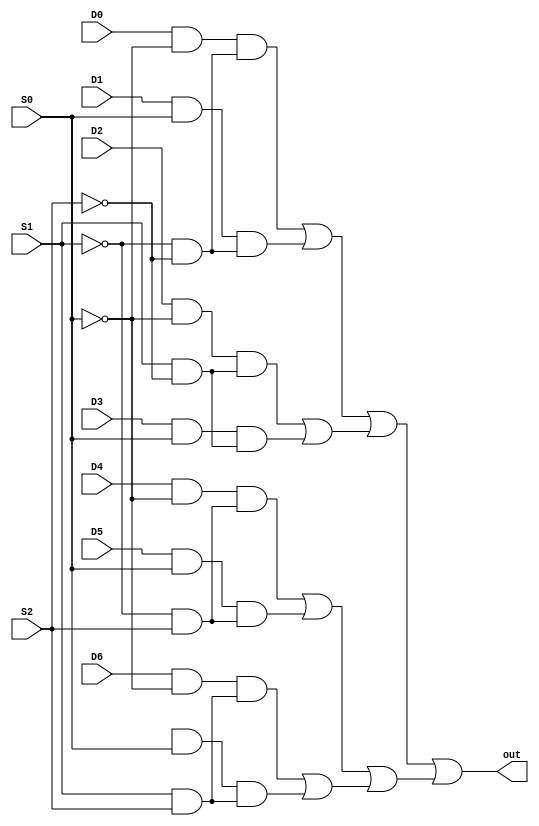
/*module mux8x1 (input D0, D1, D2, D3, D4, S0, S1, S2, output out);


	wire T0, T1, T2;
	wire k0, k1, k2, k3, k4, k5, k6, k7, k8, k9;
	wire temp0, temp1, temp2, temp3, temp4;
	wire a, b, my2, mine;


	not not1(T0, S0); // T0 = !S0
	not not2(T1, S1);	// T1 = !S1
	not not3(T2, S2);	// T2 = !S2


	and and1(k0, D0, T0);
	and and2 (k1, T1, T2);
	and and3 (temp0, k0, k1);
	
	and and4 (k2, D2, S0);
	and and5 (k3, T1, T2);
	and and6(temp1, k2, k3);

	and and7 (k4, D1, T0);
	and and8 (k5, S1, T2);
	and and9 (temp2, k4, k5);

	and and10 (k6, D3, S0);
	and and11 (k7, S1, T2);
	and and12 (temp3, k6, k7);

	and and13 (k8, D4, T0);
	and and14 (k9, T1, S2);
	and and15 (temp4, k8, k9);
	
	
	// temp0 temp1 temp2 temp3 temp4
	
	or or1 (a,temp0, temp1);
	or or2 (b, temp2, temp3);
	or or5 (mine, a, b);
	or or7 (out, mine, temp4);


endmodule  

*/

module mux8x1(input D0, D1, D2, D3, D4, D5, D6, S0, S1, S2, output out);

wire t0,t1,t2;
wire [15:0] d;
wire temp1,temp2,temp3,temp4,temp5,temp6,temp7,temp8;
wire or_temp1,or_temp2,or_temp3,or_temp4,or_temp5,or_temp6,or_temp7,or_temp8;

not not1(t0,S0);
not not2(t1,S1);
not not3(t2,S2);

and and0(d[0],D0,t0);
and and1(d[1],t1,t2);
and and2(temp1,d[0],d[1]);

and and3(d[2],D1,S0);
and and4(d[3],t1,t2);
and and5(temp2,d[2],d[3]);

and and6(d[4],D2,t0);
and and7(d[5],S1,t2);
and and8(temp3,d[4],d[5]);

and and9(d[6],D3,S0);
and and10(d[7],S1,t2);
and and11(temp4,d[6],d[7]);

and and12(d[8],D4,t0);
and and13(d[9],t1,S2);
and and14(temp5,d[8],d[9]);

and and15(d[10],D5,S0);
and and16(d[11],t1,S2);
and and17(temp6,d[10],d[11]);

and and18(d[12],D6,t0);
and and19(d[13],S1,S2);
and and20(temp7,d[12],d[13]);

and and21(d[14],D7,S0);
and and22(d[15],S1,S2);
and and23(temp8,d[14],d[15]);

or or1(or_temp1,temp1,temp2);
or or2(or_temp2,temp3,temp4);
or or3(or_temp3,temp5,temp6);
or or4(or_temp4,temp7,temp8);
or or5(or_temp5,or_temp1,or_temp2);
or or6(or_temp6,or_temp3,or_temp4);
or or7(out,or_temp5,or_temp6); 

endmodule